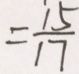
= \frac { 1 5 } { 1 7 }